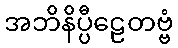
အဘိနိပ္ပီဠေတဗ္ဗံ